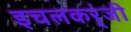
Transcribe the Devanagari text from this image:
इचलकर्ंजी